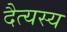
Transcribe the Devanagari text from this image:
दैत्यस्य